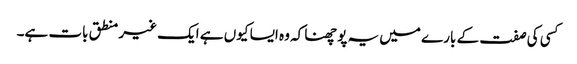
کسی کی صفت کے بارے میں یہ پوچھنا کہ وہ ایسا کیوں ہے ایک غیر منطق بات ہے۔